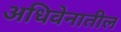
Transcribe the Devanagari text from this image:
अधिवेनातील